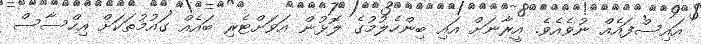
އައިސްފައެއް ނުވެއެވެ. އީރާނަށް އައި ބިންހެލުމުގެ ލޮޅުން އަވަށްޓެރި ބައެއް ގައުމުތަކަށް އިހްސާސް